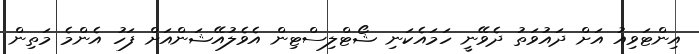
އިންޓަވިއު އަށް ދައުވަތު ދެވޭނީ ހަމައެކަނި ޝޯޓްލިސްޓިން އެވެލުއޭޝަންއަށް ފަހު އެންމެ މަތިން